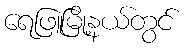
ရေဖြူမြို့နယ်တွင်